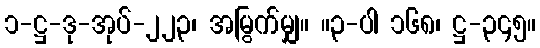
၁-ဋ္ဌ-ဒု-အုပ်-၂၂၃၊ အမြွက်မျှ။ ။၃-ပါ ၁၆၈၊ ဋ္ဌ-၃၄၅။